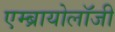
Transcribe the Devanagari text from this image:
एम्ब्रायोलाॅजी